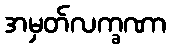
အမှတ်လက္ခဏာ